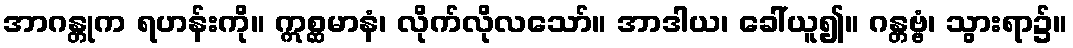
အာဂန္တုက ရဟန်းကို။ ဣစ္ဆမာနံ၊ လိုက်လိုလသော်။ အာဒါယ၊ ခေါ်ယူ၍။ ဂန္တဗ္ဗံ၊ သွားရာ၌။